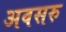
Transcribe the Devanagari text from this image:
अवसरु